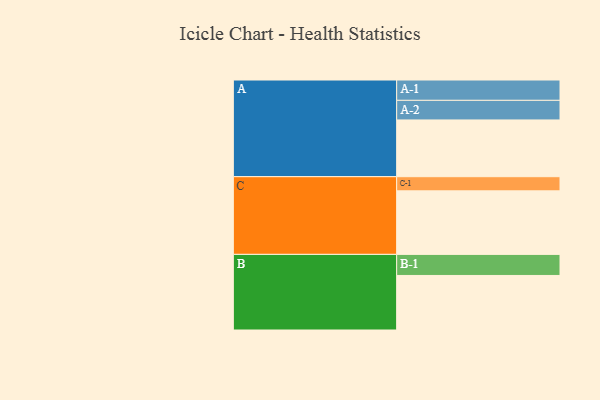
{"axis": {"x": "Segment", "y": "Value"}, "legend": ["", "A", "B", "C"], "data": [{"x": "A", "y": 385, "type": ""}, {"x": "B", "y": 370, "type": ""}, {"x": "C", "y": 431, "type": ""}, {"x": "A-1", "y": 138, "type": "A"}, {"x": "A-2", "y": 133, "type": "A"}, {"x": "B-1", "y": 143, "type": "B"}, {"x": "C-1", "y": 96, "type": "C"}]}